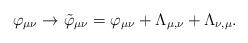
LaTeX: \begin{align*}\varphi_{\mu\nu} \rightarrow \tilde{\varphi}_{\mu\nu} = \varphi_{\mu\nu} +\Lambda_{\mu ,\nu} + \Lambda_{\nu , \mu} . \end{align*}